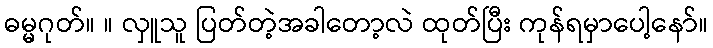
ဓမ္မဂုတ်။ ။ လှူသူ ပြတ်တဲ့အခါတော့လဲ ထုတ်ပြီး ကုန်ရမှာပေါ့နော်။